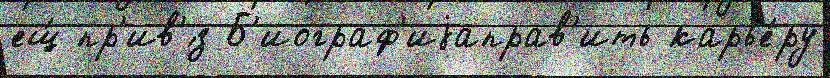
ещ́ пр'ив'́з Б'иограф'иjаправ'ить карье́ру